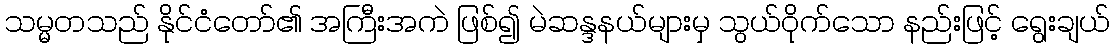
သမ္မတသည် နိုင်ငံတော်၏ အကြီးအကဲ ဖြစ်၍ မဲဆန္ဒနယ်များမှ သွယ်ဝိုက်သော နည်းဖြင့် ရွေးချယ်